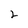
Character: 2